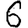
Digit: 6